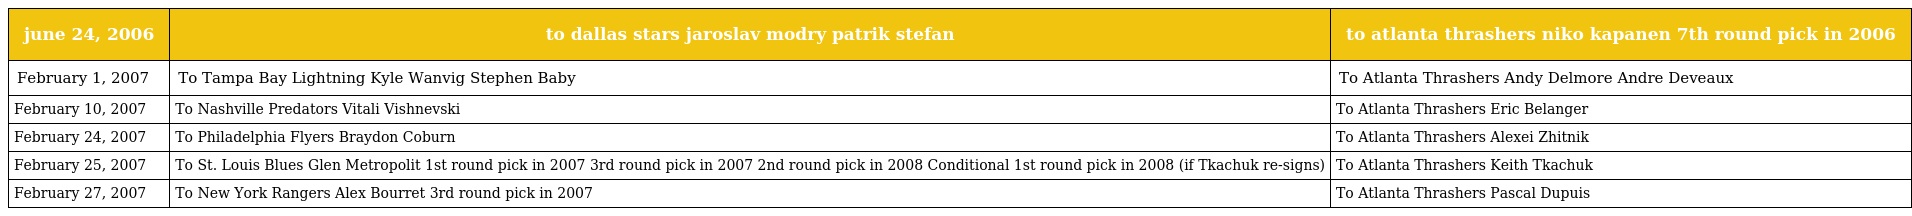
| june 24, 2006 | to dallas stars jaroslav modry patrik stefan | to atlanta thrashers niko kapanen 7th round pick in 2006 |
 | --- | --- | --- |
 | February 1, 2007 | To Tampa Bay Lightning Kyle Wanvig Stephen Baby | To Atlanta Thrashers Andy Delmore Andre Deveaux |
 | February 10, 2007 | To Nashville Predators Vitali Vishnevski | To Atlanta Thrashers Eric Belanger |
 | February 24, 2007 | To Philadelphia Flyers Braydon Coburn | To Atlanta Thrashers Alexei Zhitnik |
 | February 25, 2007 | To St. Louis Blues Glen Metropolit 1st round pick in 2007 3rd round pick in 2007 2nd round pick in 2008 Conditional 1st round pick in 2008 (if Tkachuk re-signs) | To Atlanta Thrashers Keith Tkachuk |
 | February 27, 2007 | To New York Rangers Alex Bourret 3rd round pick in 2007 | To Atlanta Thrashers Pascal Dupuis |